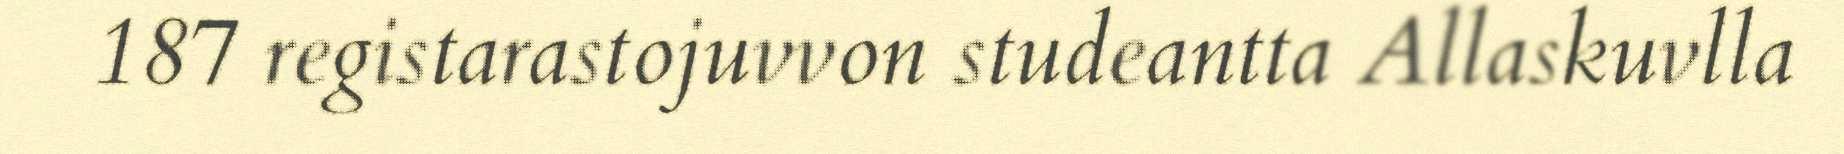
187 registarastojuvvon studeantta Allaskuvlla